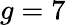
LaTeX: g=7